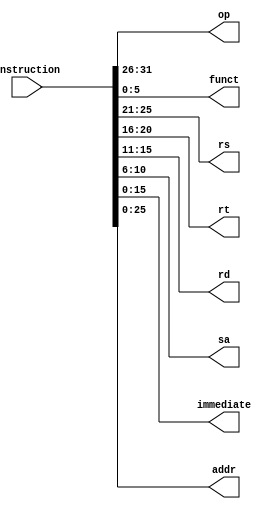
`timescale 1ns / 1ps
//////////////////////////////////////////////////////////////////////////////////
// Company: 
// Engineer: 
// 
// Design Name: 
// Module Name: InsSelect
// Project Name: 
// Target Devices: 
// Tool Versions: 
// Description: 
// 
// Dependencies: 
// 
// Revision:
// Revision 0.01 - File Created
// Additional Comments:
// 
//////////////////////////////////////////////////////////////////////////////////


module InsSelect(
        input [31:0] instruction,
        output reg[5:0] op,
        output reg[5:0] funct,
        output reg[4:0] rs,
        output reg[4:0] rt,
        output reg[4:0] rd,
        output reg[4:0] sa,
        output reg[15:0] immediate,
        output reg[25:0] addr
    );
    
    initial begin
        op = 5'b00000;
        rs = 5'b00000;
        rt = 5'b00000;
        rd = 5'b00000;
        funct=5'b00000;
    end
    
    always@(instruction) begin
        // R type instruction
        op = instruction[31:26];
        funct=instruction[5:0];
        rs = instruction[25:21];
        rt = instruction[20:16];
        rd = instruction[15:11];
        sa = instruction[10:6];
        // I type instruction
        immediate = instruction[15:0];
        // J type instruction
        addr = instruction[25:0];
    end
endmodule